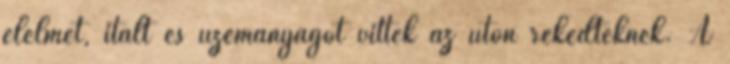
élelmet, italt és üzemanyagot vittek az úton rekedteknek. A